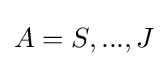
A=S,...,J